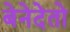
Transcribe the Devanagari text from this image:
बेनेदेतो